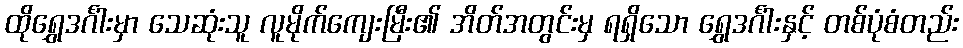
ထိုရွှေဒင်္ဂါးမှာ သေဆုံးသူ လူမိုက်ကျေးမြီး၏ အိတ်အတွင်းမှ ရရှိသော ရွှေဒင်္ဂါးနှင့် တစ်ပုံစံတည်း